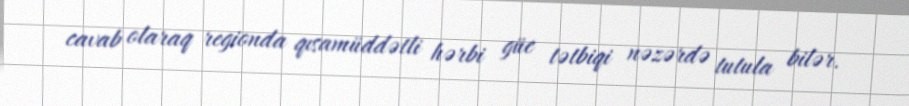
cavab olaraq regionda qısamüddətli hərbi güc tətbiqi nəzərdə tutula bilər.